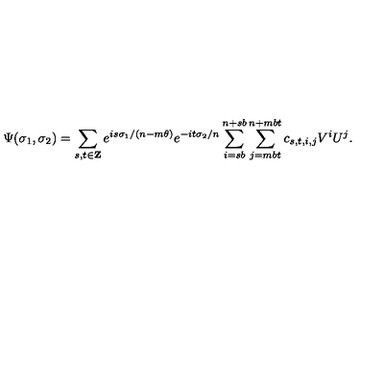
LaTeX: \Psi ( \sigma _ { 1 } , \sigma _ { 2 } ) = \sum _ { s , t \in { \bf Z } } e ^ { i s \sigma _ { 1 } / ( n - m \theta ) } e ^ { - i t \sigma _ { 2 } / n } \sum _ { i = s b } ^ { n + s b } \sum _ { j = m b t } ^ { n + m b t } c _ { s , t , i , j } V ^ { i } U ^ { j } .